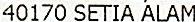
40170 SETIA ALAM